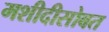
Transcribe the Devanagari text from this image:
मशीदीसोबत